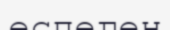
еспеген